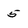
Character: 5